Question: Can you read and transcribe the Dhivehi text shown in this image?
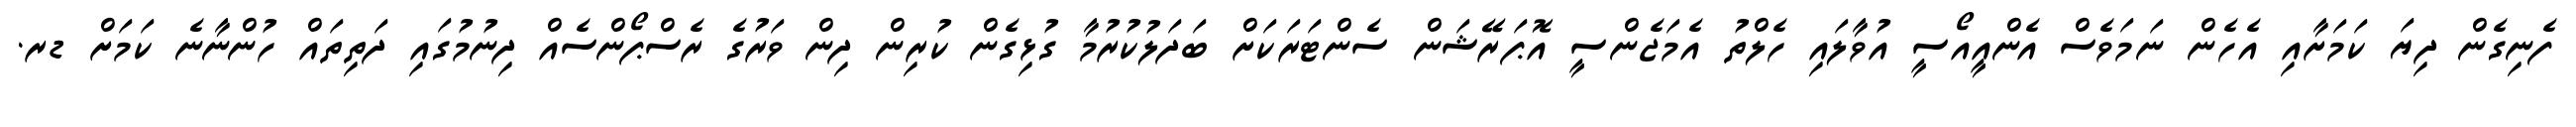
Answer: ފެނިގެން ދިޔަ ކަމަށާއި އެހެން ނަމަވެސް އެންއީއޯސީ އުވާލައި ހެލްތު އެމަޖެންސީ އޮޕަރޭޝަން ސެންޓަރަކަށް ބަދަލުކުރުމާ ގުޅިގެން ކުރިން ދިން ވަރުގެ ރެސްޕޯންސެއް ދިނުމުގައި ދަތިތައް ހުންނާނެ ކަމަށް ޑރ.